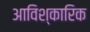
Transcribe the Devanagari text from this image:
आविश्कारिक